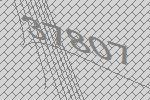
37807